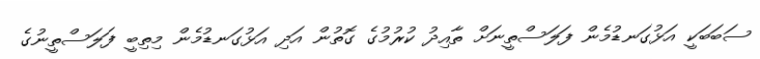
ސަބަބަކީ އަޅުގަނޑުމެން ފަލަސްތީނަށް ތާއިދު ކުރުމުގެ ގޮތުން އަދި އަޅުގަނޑުމެން މިތިބީ ފަލަސްތީނުގެ